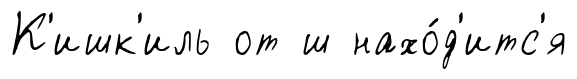
К'ишк'иль от ш нахо́д'итс'я